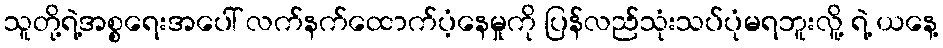
သူတို့ရဲ့အစ္စရေးအပေါ် လက်နက်ထောက်ပံ့နေမှုကို ပြန်လည်သုံးသပ်ပုံမရဘူးလိူ့ ရဲ့ ယနေ့